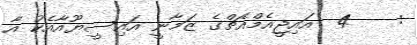
:    4  އައިޖީއެމްއެޗްގެ ޒަމާނީ އައިސީޔޫއާއެކު އާ